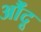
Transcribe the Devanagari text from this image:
औंदू